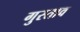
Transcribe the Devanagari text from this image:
गुस्‍ताव